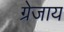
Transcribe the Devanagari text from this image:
ग्रेजाय